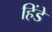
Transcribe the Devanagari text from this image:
हिंडे